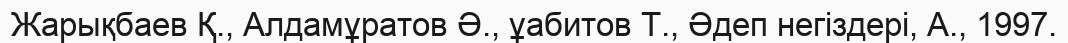
Жарықбаев Қ., Алдамұратов Ә., ұабитов Т., Әдеп негіздері, А., 1997.